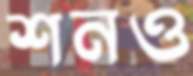
শনও